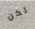
لكن